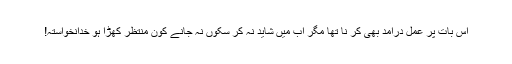
اس بات پر عمل درآمد بھی کر نا تھا مگر اب میں شاید نہ کر سکوں نہ جانے کون منتظر کھڑا ہو خدانخواستہ!